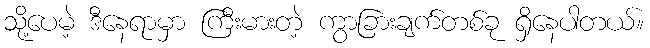
သို့ပေမဲ့ ဒီနေရာမှာ ကြီးမားတဲ့ ကွာခြားချက်တစ်ခု ရှိနေပါတယ်။